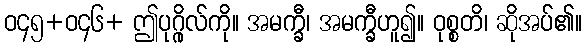
ဝ၄၅+ဝ၄၆+ ဤပုဂ္ဂိုလ်ကို။ အမက္ခီ၊ အမက္ခီဟူ၍။ ဝုစ္စတိ၊ ဆိုအပ်၏။